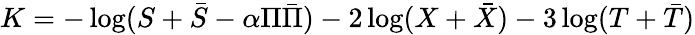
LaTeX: K=-\log(S+\bar{S}-\alpha\Pi\bar{\Pi})-2\log(X+\bar{X})-3\log(T+\bar{T})